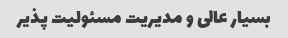
بسیار عالی و مدیریت مسئولیت پذیر